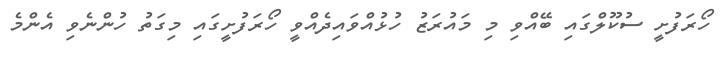
ހޯރަފުށީ ސުކޫލްގައި ބޭއްވި މި މައުރަޒު ހުޅުއްވައިދެއްވީ ހޯރަފުށީގައި މިގަތު ހުންނެވި އެންމެ